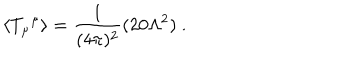
LaTeX: \langle { T _ { \mu } } ^ { \mu } \rangle = \frac { 1 } { ( 4 \pi ) ^ { 2 } } ( 2 0 \Lambda ^ { 2 } ) \ .